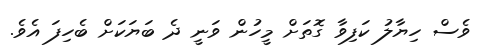
ވެސް ހިޔާލު ކަފިވާ ގޮތަށް މީހުން ވަނީ ދެ ބަޔަކަށް ބެހިފަ އެވެ.